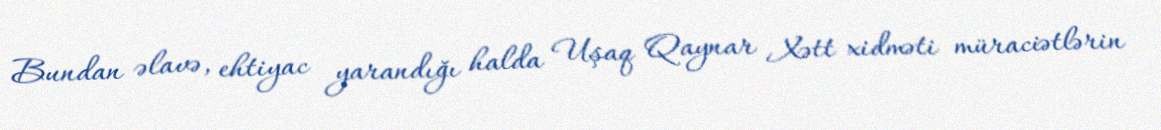
Bundan əlavə, ehtiyac yarandığı halda Uşaq Qaynar Xətt xidməti müraciətlərin